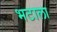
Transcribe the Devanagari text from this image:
भटाला